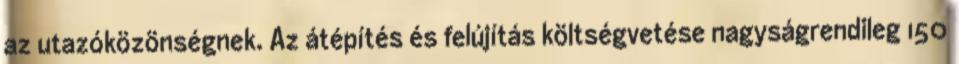
az utazóközönségnek. Az átépítés és felújítás költségvetése nagyságrendileg 150